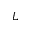
L